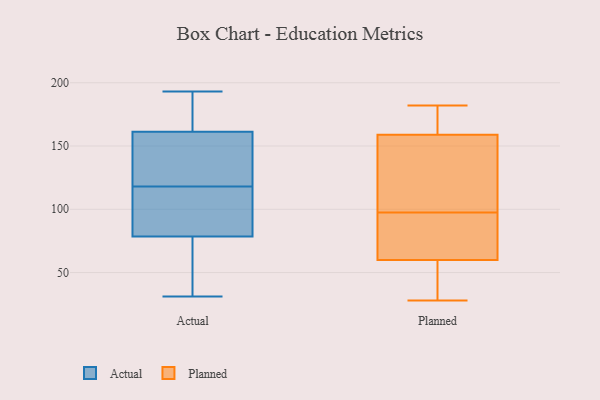
{"axis": {"x": "Tickets Resolved", "y": "Value"}, "legend": ["Actual", "Planned"], "data": [{"x": "", "y": 78, "type": "Actual"}, {"x": "", "y": 130, "type": "Actual"}, {"x": "", "y": 127, "type": "Actual"}, {"x": "", "y": 88, "type": "Actual"}, {"x": "", "y": 118, "type": "Actual"}, {"x": "", "y": 39, "type": "Actual"}, {"x": "", "y": 180, "type": "Actual"}, {"x": "", "y": 191, "type": "Actual"}, {"x": "", "y": 86, "type": "Actual"}, {"x": "", "y": 193, "type": "Actual"}, {"x": "", "y": 132, "type": "Actual"}, {"x": "", "y": 31, "type": "Actual"}, {"x": "", "y": 61, "type": "Actual"}, {"x": "", "y": 80, "type": "Actual"}, {"x": "", "y": 171, "type": "Actual"}, {"x": "", "y": 95, "type": "Planned"}, {"x": "", "y": 28, "type": "Planned"}, {"x": "", "y": 28, "type": "Planned"}, {"x": "", "y": 182, "type": "Planned"}, {"x": "", "y": 60, "type": "Planned"}, {"x": "", "y": 130, "type": "Planned"}, {"x": "", "y": 171, "type": "Planned"}, {"x": "", "y": 76, "type": "Planned"}, {"x": "", "y": 159, "type": "Planned"}, {"x": "", "y": 168, "type": "Planned"}, {"x": "", "y": 127, "type": "Planned"}, {"x": "", "y": 52, "type": "Planned"}, {"x": "", "y": 100, "type": "Planned"}, {"x": "", "y": 72, "type": "Planned"}]}